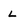
Character: L